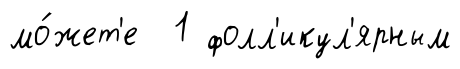
мо́жет'е 1 фолл'икул'ярным